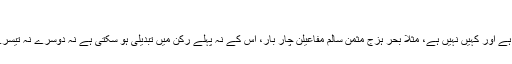
مغزل, ‏مارچ 3, 2013
ہر بحر کے ہر رکن کو تبدیل نہیں کیا جا سکتا، کہیں اجازت ہے اور کہیں نہیں ہے، مثلاً بحر ہزج مثمن سالم مفاعیلن چار بار، اس کے نہ پہلے رکن میں تبدیلی ہو سکتی ہے نہ دوسرے نہ تیسرے، صرف چوتھے میں مفاعیلن کی جگہ مفاعیلان آ سکتا ہے۔